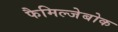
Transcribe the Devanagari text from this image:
फैमिल्जेबोक